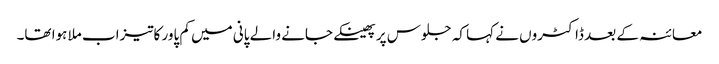
معائنہ کے بعد ڈاکٹروں نے کہا کہ جلوس پر پھینکے جانے والے پانی میں کم پاور کاتیزاب ملا ہوا تھا۔